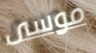
موسى